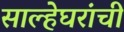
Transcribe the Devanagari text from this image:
साल्हेघरांची